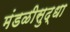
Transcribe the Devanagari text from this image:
मंडळीसुद्धा